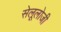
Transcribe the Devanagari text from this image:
सेलूलोजी